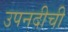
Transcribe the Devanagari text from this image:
उपनदीची